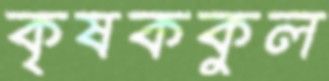
কৃষককুল